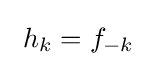
\ h_{k}=f_{-k}